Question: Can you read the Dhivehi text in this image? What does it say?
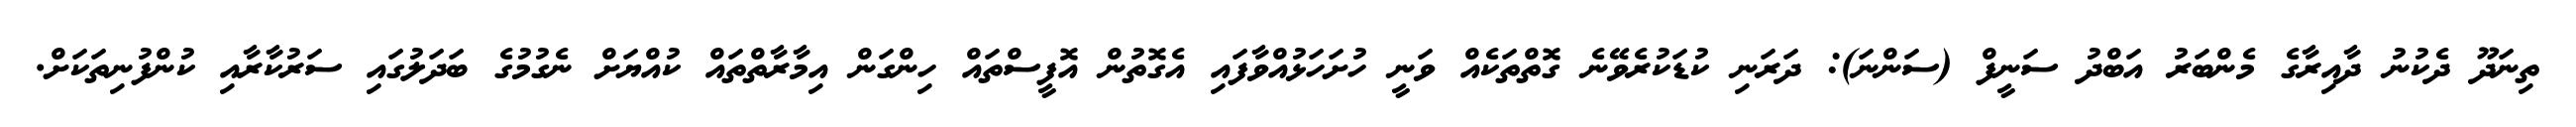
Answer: ތިނަދޫ ދެކުނު ދާއިރާގެ މެންބަރު އަބްދު ސަނީފް (ސަންނަ): ދަރަނި ކުޑަކުރެވޭނެ ގޮތްތަކެއް ވަނީ ހުށަހަޅުއްވާފައި އެގޮތުން އޮފީސްތައް ހިންގަން އިމާރާތްތައް ކުއްޔަށް ނެގުމުގެ ބަދަލުގައި ސަރުކާރާއި ކުންފުނިތަކަށް.